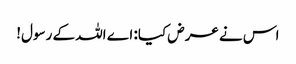
اس نے عرض کیا: اے اللہ کے رسول!